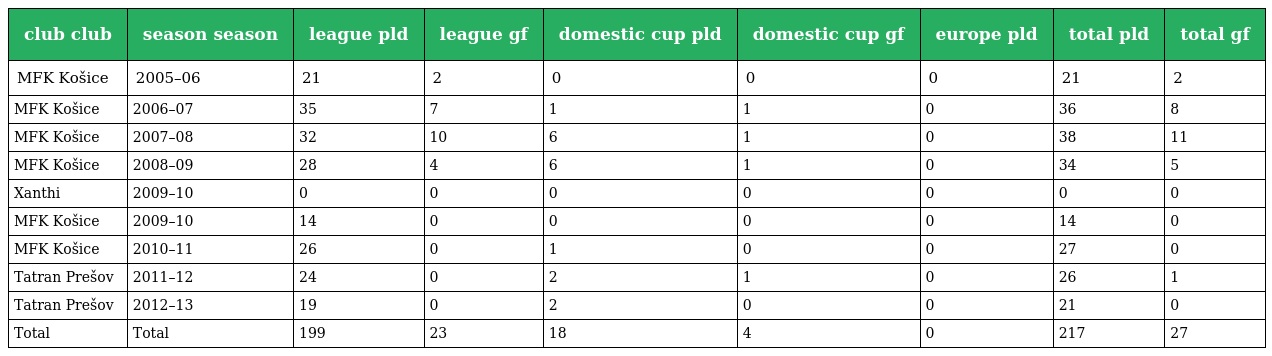
| club club | season season | league pld | league gf | domestic cup pld | domestic cup gf | europe pld | total pld | total gf |
 | --- | --- | --- | --- | --- | --- | --- | --- | --- |
 | MFK Košice | 2005–06 | 21 | 2 | 0 | 0 | 0 | 21 | 2 |
 | MFK Košice | 2006–07 | 35 | 7 | 1 | 1 | 0 | 36 | 8 |
 | MFK Košice | 2007–08 | 32 | 10 | 6 | 1 | 0 | 38 | 11 |
 | MFK Košice | 2008–09 | 28 | 4 | 6 | 1 | 0 | 34 | 5 |
 | Xanthi | 2009–10 | 0 | 0 | 0 | 0 | 0 | 0 | 0 |
 | MFK Košice | 2009–10 | 14 | 0 | 0 | 0 | 0 | 14 | 0 |
 | MFK Košice | 2010–11 | 26 | 0 | 1 | 0 | 0 | 27 | 0 |
 | Tatran Prešov | 2011–12 | 24 | 0 | 2 | 1 | 0 | 26 | 1 |
 | Tatran Prešov | 2012–13 | 19 | 0 | 2 | 0 | 0 | 21 | 0 |
 | Total | Total | 199 | 23 | 18 | 4 | 0 | 217 | 27 |